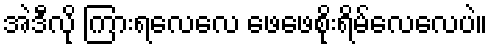
အဲဒီလို ကြားရလေလေ ဖေဖေစိုးရိမ်လေလေပဲ။